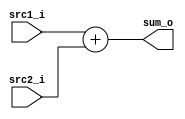
//Subject:     CO project 2 - Adder
//--------------------------------------------------------------------------------
//Version:     1
//--------------------------------------------------------------------------------
//Writer:      109550182
//----------------------------------------------
//----------------------------------------------
//Description: 
//--------------------------------------------------------------------------------
`timescale 1ns/1ps
module Adder(src1_i, src2_i, sum_o);
     
//I/O ports
input  [32-1:0]  src1_i;
input  [32-1:0]	 src2_i;
output [32-1:0]	 sum_o;

//Internal Signals
wire    [32-1:0]	 sum_o;

//Main function
assign sum_o = src1_i + src2_i;

endmodule